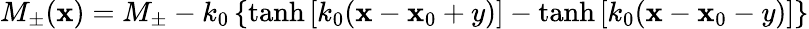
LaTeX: M_{\pm}(\mathbf{x})=M_{\pm}-k_{0}\left\{ \operatorname{tanh}\left[k_{0}(\mathbf{x}-\mathbf{x}_{0}+y)\right]-\operatorname{tanh}\left[k_{0}(\mathbf{x}-\mathbf{x}_{0}-y)\right]\right\}